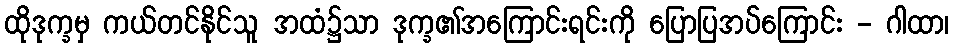
ထိုဒုက္ခမှ ကယ်တင်နိုင်သူ အထံ၌သာ ဒုက္ခ၏အကြောင်းရင်းကို ပြောပြအပ်ကြောင်း - ဂါထာ၊